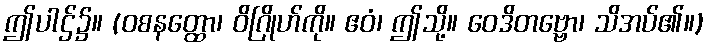
ဤပါဌ်၌။ (ဝစနတ္ထော၊ ဝိဂြိုဟ်ကို။ ဧဝံ၊ ဤသို့။ ဝေဒိတဗ္ဗော၊ သိအပ်၏။)